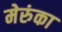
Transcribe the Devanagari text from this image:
मेरुंका